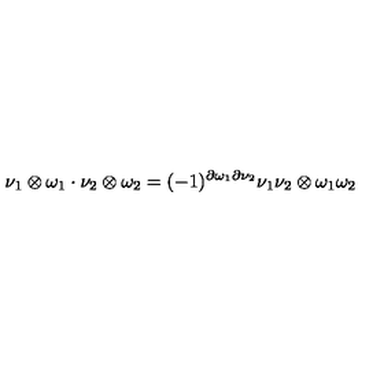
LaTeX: \nu _ { 1 } \otimes \omega _ { 1 } \cdot \nu _ { 2 } \otimes \omega _ { 2 } = ( - 1 ) ^ { \partial \omega _ { 1 } \partial \nu _ { 2 } } \nu _ { 1 } \nu _ { 2 } \otimes \omega _ { 1 } \omega _ { 2 }